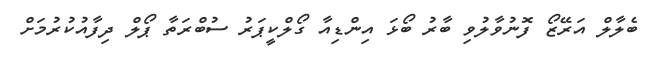
ބެލާލް އަރޭޒޯ ފޮނުވާލުވި ބާރު ބޯޅަ އިންޑިއާ ގޯލްކީޕަރު ސުބްރަތާ ޕޯލް ދިފާއުކުރުމަށް